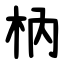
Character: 枘